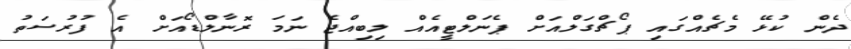
ދެން ކުޅޭ މެޗެއްގައި ޕޯޗްގަލްއަށް ޕެނަލްޓީއެއް ލިބިއްޖެ ނަމަ ރޮނާލްޑޯއަށް އެ ފުރުސަތު